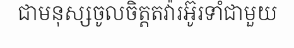
ជាមនុស្សចូលចិត្តតវ៉ារអ៊ូរទាំជាមួយ